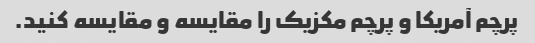
پرچم آمریکا و پرچم مکزیک را مقایسه و مقایسه کنید.